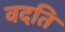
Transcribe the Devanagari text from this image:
वदति